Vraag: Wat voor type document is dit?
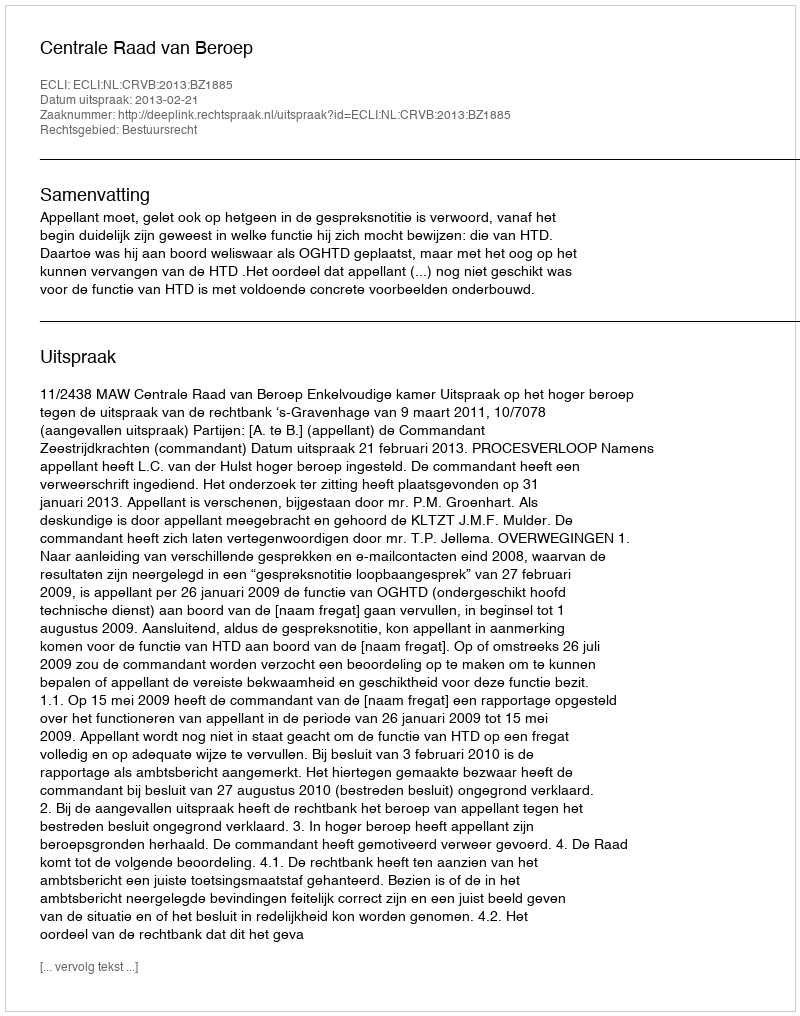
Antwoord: Uitspraak